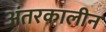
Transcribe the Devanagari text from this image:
अंतरकालीन